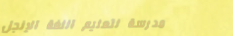
مدرسة لتعليم اللغة الإنجل